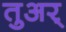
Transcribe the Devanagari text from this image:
तुअर्